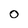
Character: O